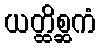
ယတ္ထိစ္ဆကံ